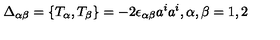
\Delta _ { \alpha \beta } = \{ T _ { \alpha } , T _ { \beta } \} = - 2 \epsilon _ { \alpha \beta } a ^ { i } a ^ { i } , \alpha , \beta = 1 , 2